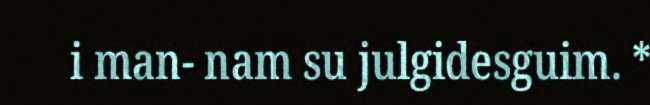
i man- nam su julgidesguim. *